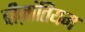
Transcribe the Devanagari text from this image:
बीज़ांतियम